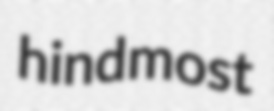
hindmost